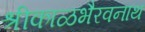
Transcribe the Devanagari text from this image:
श्रीकाळभैरवनाथ